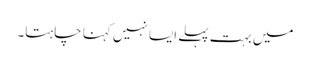
میں بہت پہلے ایسا نہیں کہنا چاہتا۔